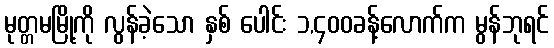
မုတ္တမမြို့ကို လွန်ခဲ့သော နှစ် ပေါင်း ၁,၄၀၀ခန့်လောက်က မွန်ဘုရင်